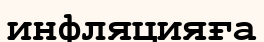
инфляцияға